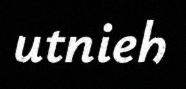
utnieh